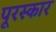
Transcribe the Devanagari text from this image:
पूरस्कार